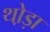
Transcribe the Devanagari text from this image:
थो़ड़ा